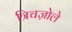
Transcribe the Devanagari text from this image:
त्रिचज़ोले